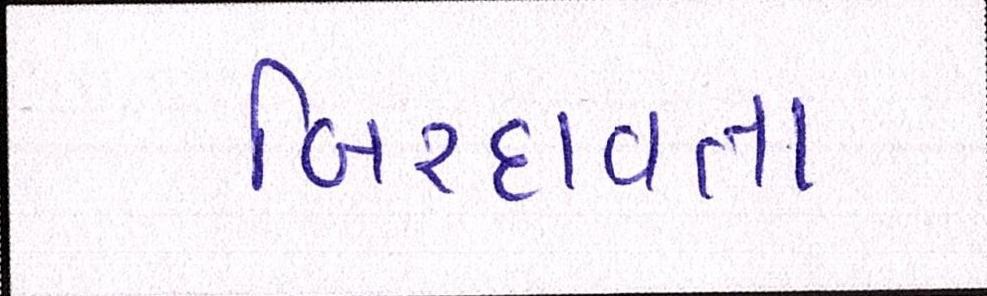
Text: બિરદાવતા